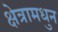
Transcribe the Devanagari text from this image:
क्षेत्रामधुन